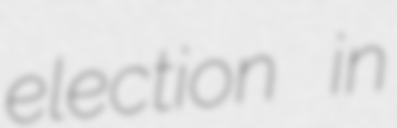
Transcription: election in